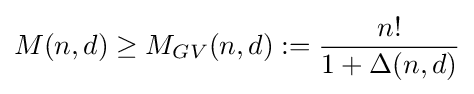
M(n,d)\geq M_{GV}(n,d):={\frac {n!}{1+\Delta (n,d)}}